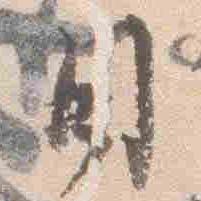
日